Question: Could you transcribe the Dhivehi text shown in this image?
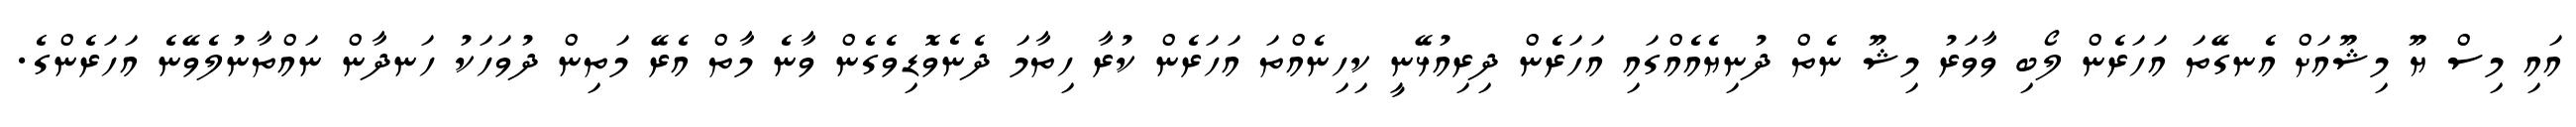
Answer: އައި މިސް ޔޫ މިޝޫއަށް އެނގޭތަ އަހަރެން ލޯބި ވާވަރު މިޝޫ ނެތް ދުނިޔެއެއްގައި އަހަރެން ދިރިއުޅޭނީ ކިހިނެއްތަ އަހަރެން ކުރާ ހިތާމަ ދެނެވޮޑިވެގެން ވާނެ މާތް އެރޭ މަތިން ދުވަހަކު ހަނދާން ނައްތާނުލެވޭނެ އަހަރެންގެ.